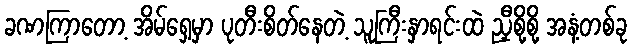
ခဏကြာတော့ အိမ်ရှေ့မှာ ပုတီးစိတ်နေတဲ့ သူကြီးနှာရင်းထဲ ညှီစို့စို့ အနံ့တစ်ခု